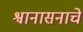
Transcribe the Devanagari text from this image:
श्वानासनाचे